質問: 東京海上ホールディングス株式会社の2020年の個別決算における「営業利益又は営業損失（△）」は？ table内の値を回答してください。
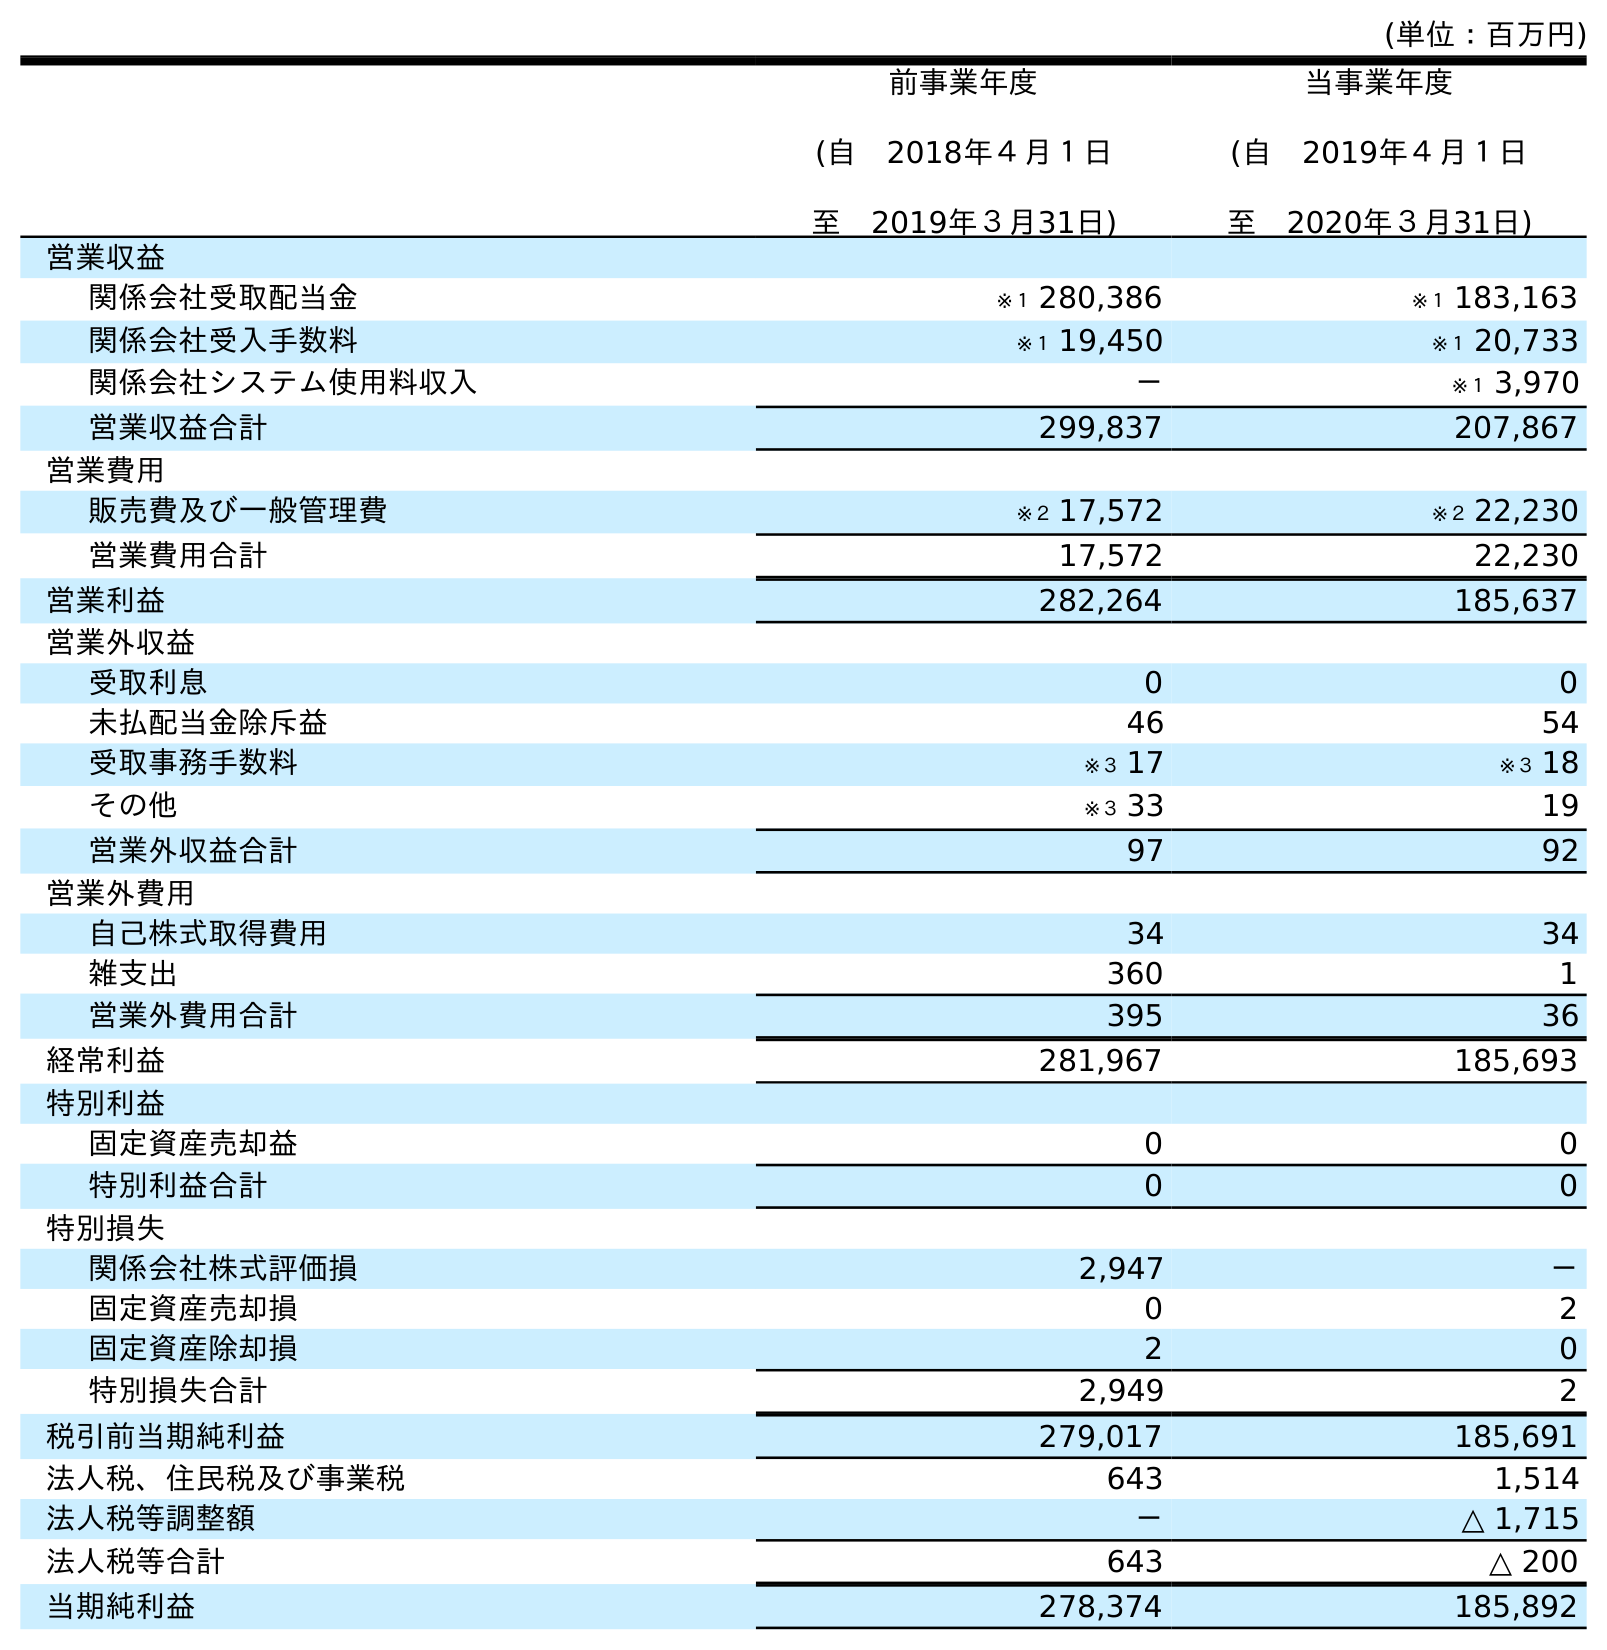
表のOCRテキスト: (単位：百万円) 前事業年度 (自 2018年４月１日 至 2019年３月31日) 当事業年度 (自 2019年４月１日 至 2020年３月31日) 営業収益 関係会社受取配当金 ※１ 280,386 ※１ 183,163 関係会社受入手数料 ※１ 19,450 ※１ 20,733 関係会社システム使用料収入 － ※１ 3,970 営業収益合計 299,837 207,867 営業費用 販売費及び一般管理費 ※２ 17,572 ※２ 22,230 営業費用合計 17,572 22,230 営業利益 282,264 185,637 営業外収益 受取利息 0 0 未払配当金除斥益 46 54 受取事務手数料 ※３ 17 ※３ 18 その他 ※３ 33 19 営業外収益合計 97 92 営業外費用 自己株式取得費用 34 34 雑支出 360 1 営業外費用合計 395 36 経常利益 281,967 185,693 特別利益 固定資産売却益 0 0 特別利益合計 0 0 特別損失 関係会社株式評価損 2,947 － 固定資産売却損 0 2 固定資産除却損 2 0 特別損失合計 2,949 2 税引前当期純利益 279,017 185,691 法人税、住民税及び事業税 643 1,514 法人税等調整額 － △ 1,715 法人税等合計 643 △ 200 当期純利益 278,374 185,892
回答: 185,637